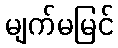
မျက်မမြင်